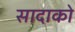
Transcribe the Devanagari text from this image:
सादाको